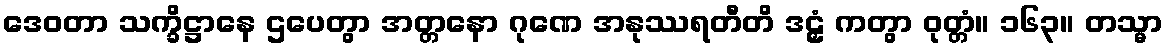
ဒေဝတာ သက္ခိဋ္ဌာနေ ဌပေတွာ အတ္တနော ဂုဏေ အနုဿရတီတိ ဒဠှံ ကတွာ ဝုတ္တံ။ ၁၆၃။ တသ္မာ